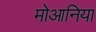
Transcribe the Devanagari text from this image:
मोआनिया